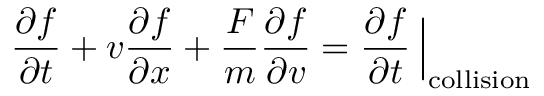
{ \frac { \partial f } { \partial t } } + v { \frac { \partial f } { \partial x } } + { \frac { F } { m } } { \frac { \partial f } { \partial v } } = { \frac { \partial f } { \partial t } } \left. { \! \! { \frac { } { } } } \right| _ { \mathrm { c o l l i s i o n } }